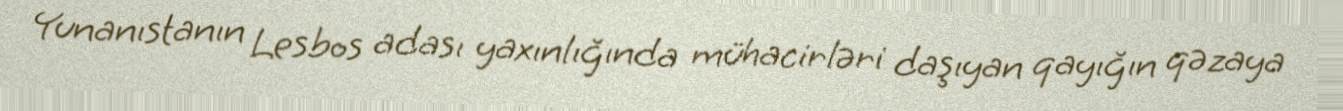
Yunanıstanın Lesbos adası yaxınlığında mühacirləri daşıyan qayığın qəzaya